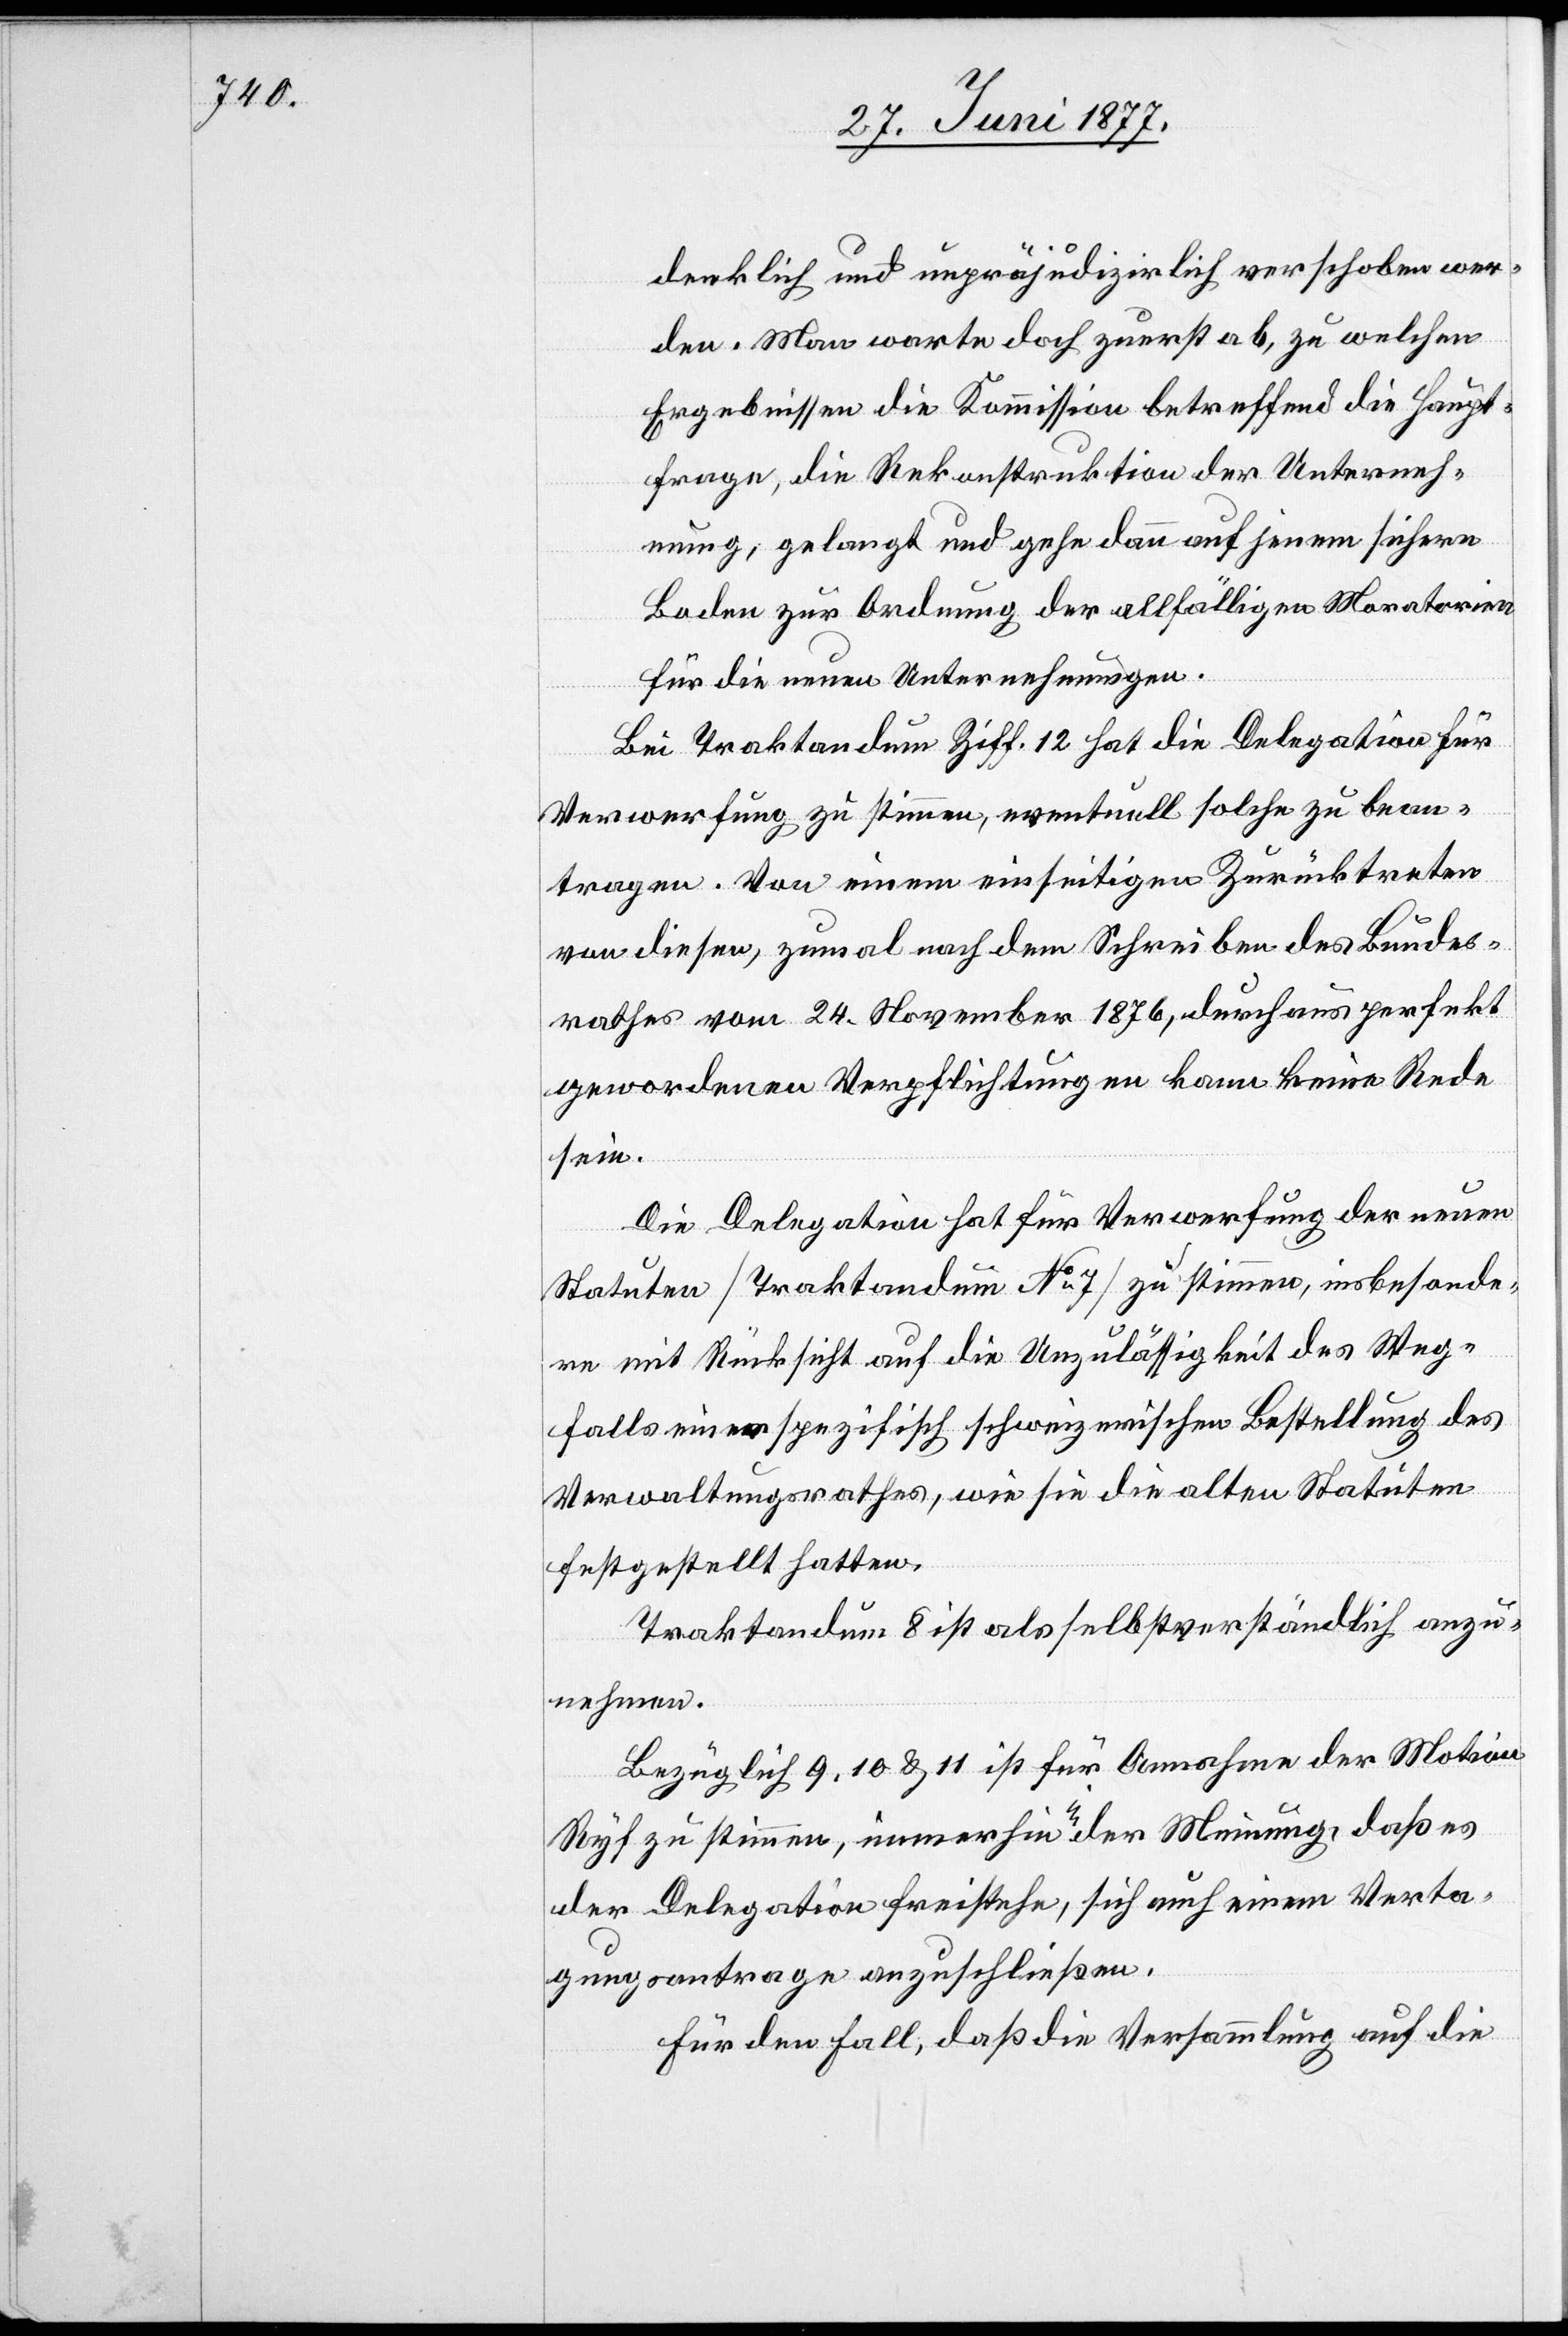
denklich und unpräjudizirlich verschoben wer¬
den. Man warte doch zuerst ab, zu welchen
Ergebnissen die Kommission betreffend die Haupt¬
frage, die Rekonstruktion der Unterneh¬
mung, gelangt und gehe dann auf jenem sichern
Boden zur Ordnung der allfälligen Moratorien
für die neuen Unternehmungen.
Bei Traktandum Ziff. 12 hat die Delegation für
Verwerfung zu stimmen eventuell solche zu bean¬
tragen. Von einem einseitigen Zurücktreten
von diesen, zumal nach dem Schreiben des Bundes¬
rathes vom 24. November 1876, durchaus perfekt
gewordenen Verpflichtungen kann keine Rede
sein.
Die Delegation hat für Verwerfung der neuen
Statuten [Traktandum No 7] zu stimmen, insbesonde¬
re mit Rücksicht auf die Unzulässigkeit des Weg¬
falls einer spezifisch schweizerischen Bestellung des
Verwaltungsrathes, wie sie die alten Statuten
festgestellt hatten.
Traktandum 8 ist als selbstverständlich anzu¬
nehmen.
Bezüglich 9,10 & 11 ist für Annahme der Motion
Ryf zu stimmen, immerhin in der Meinung, daß es
der Delegation freistehe, sich auch einem Verta¬
gungsantrage anzuschließen.
Für den Fall, daß die Versammlung auf die